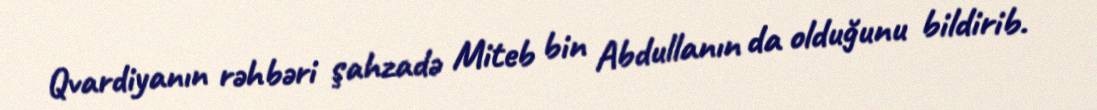
Qvardiyanın rəhbəri şahzadə Miteb bin Abdullanın da olduğunu bildirib.